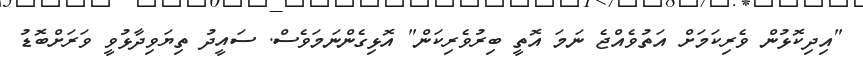
"އިދިކޮޅުން ވެރިކަމަށް އަތުވެއްޖެ ނަމަ އޮތީ ބިރުވެރިކަން" އޮޅިގެންނަމަވެސް. ސައީދު ތިޔަވިދާޅުވީ ވަރަށްބޮޑު